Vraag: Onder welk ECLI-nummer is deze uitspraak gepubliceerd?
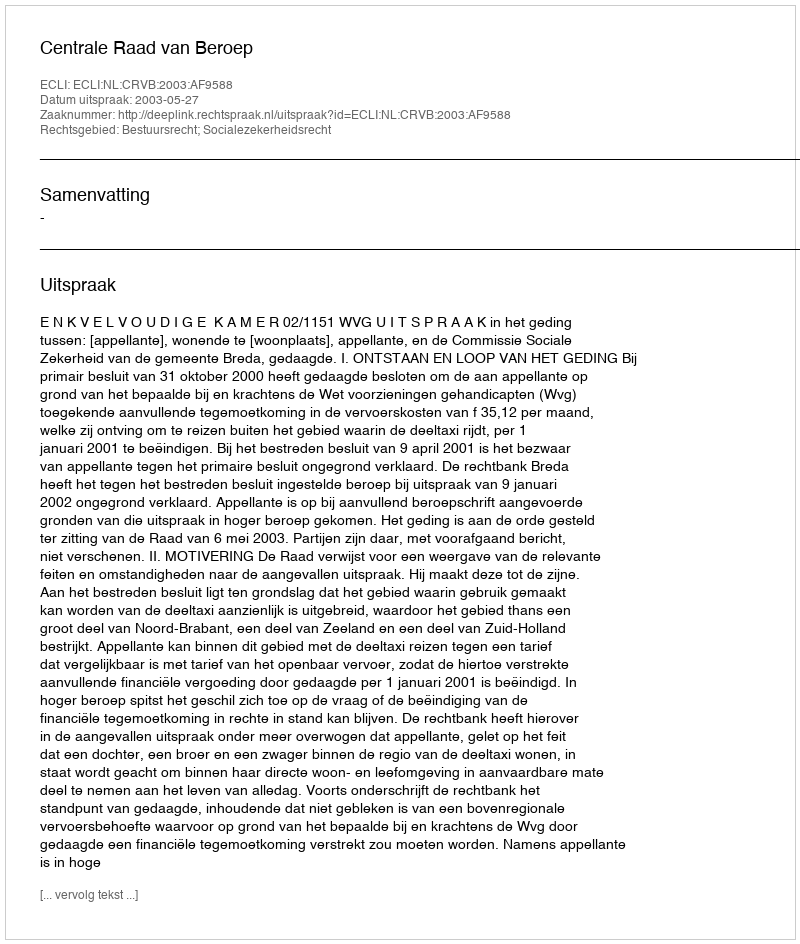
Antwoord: ECLI:NL:CRVB:2003:AF9588